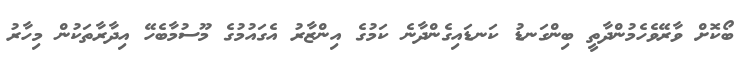
ބޯކޮށް ވާރޭވެހެމުންދާތީ ބިންގަނޑު ކަނޑައިގެންދާނެ ކަމުގެ އިންޒާރު އެގައުމުގެ މޫސުމާބެހޭ އިދާރާތަކުން މިހާރު